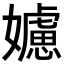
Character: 𡣭